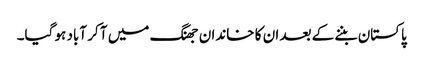
پاکستان بننے کے بعد ان کا خاندان جھنگ میں آ کر آباد ہو گیا۔